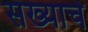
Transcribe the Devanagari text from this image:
सख्याचे